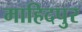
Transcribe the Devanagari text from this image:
माहिदपुर